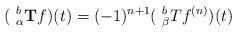
LaTeX: \begin{align*}(~^{b}_{\alpha}\textbf{T} f)(t)=(-1)^{n+1}(~^{b}_{\beta}Tf^{(n)})(t)\end{align*}